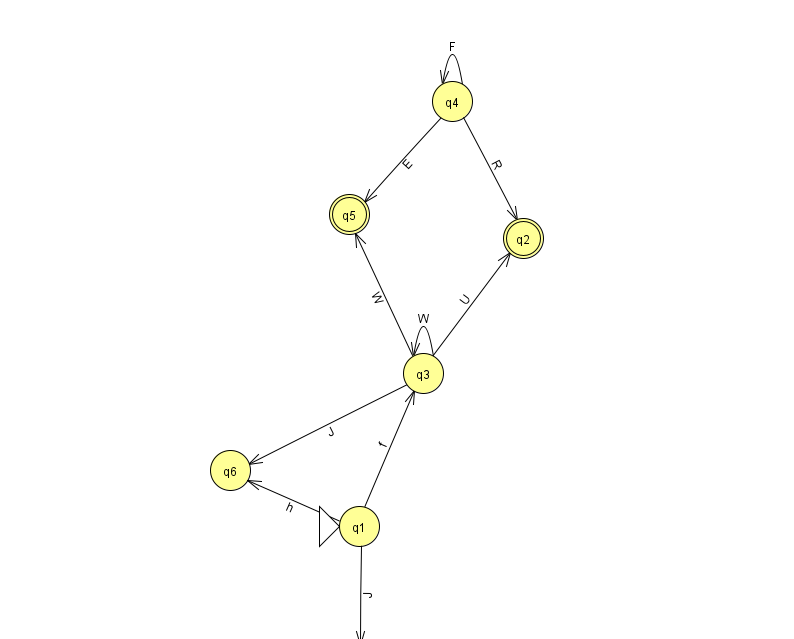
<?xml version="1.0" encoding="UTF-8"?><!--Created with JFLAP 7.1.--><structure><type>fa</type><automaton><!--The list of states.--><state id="0" name="q0"><x>930.0</x><y>50.0</y></state><state id="1" name="q1"><x>359.0</x><y>513.0</y><initial/></state><state id="2" name="q2"><x>523.0</x><y>225.0</y><final/></state><state id="3" name="q3"><x>423.0</x><y>360.0</y></state><state id="4" name="q4"><x>452.0</x><y>88.0</y></state><state id="5" name="q5"><x>349.0</x><y>201.0</y><final/></state><state id="6" name="q6"><x>230.0</x><y>457.0</y></state><state id="7" name="q7"><x>358.0</x><y>651.0</y></state><!--The list of transitions.--><transition><from>3</from><to>5</to><read>W</read></transition><transition><from>4</from><to>5</to><read>E</read></transition><transition><from>0</from><to>0</to><read>C</read></transition><transition><from>1</from><to>6</to><read>h</read></transition><transition><from>1</from><to>7</to><read>J</read></transition><transition><from>4</from><to>4</to><read>F</read></transition><transition><from>3</from><to>3</to><read>W</read></transition><transition><from>4</from><to>2</to><read>R</read></transition><transition><from>1</from><to>3</to><read>f</read></transition><transition><from>3</from><to>6</to><read>J</read></transition><transition><from>3</from><to>2</to><read>U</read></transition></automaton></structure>